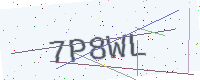
Text: 7P8WL